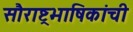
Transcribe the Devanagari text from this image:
सौराष्ट्रभाषिकांची